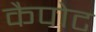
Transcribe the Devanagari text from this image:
कैपोट